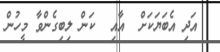
އަދި އެބަޔަކަށް  އާއި  ކަން ލިބިގެންވާ މީހުން